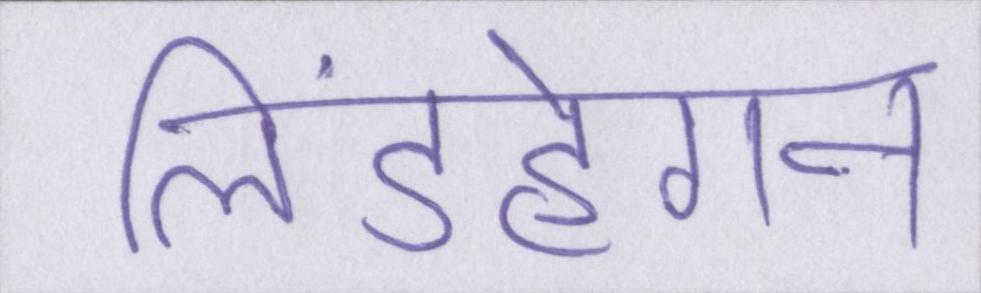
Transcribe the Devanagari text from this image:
लिंडहेगन